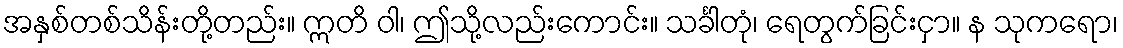
အနှစ်တစ်သိန်းတို့တည်း။ ဣတိ ဝါ၊ ဤသို့လည်းကောင်း။ သင်္ခါတုံ၊ ရေတွက်ခြင်းငှာ။ န သုကရော၊